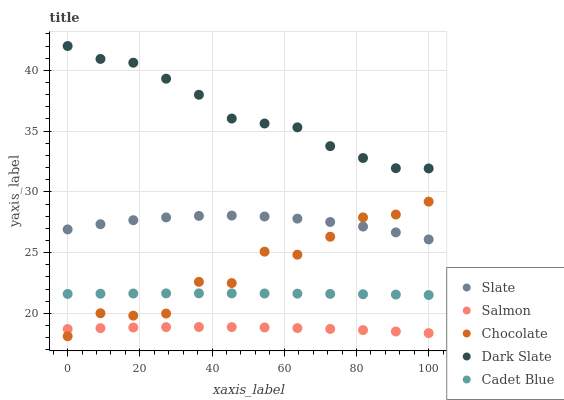
| xaxis_label | Slate | Salmon | Chocolate | Dark Slate | Cadet Blue |
 | --- | --- | --- | --- | --- | --- |
 | 0 | 26.9 | 18.7 | 18.1 | 42 | 21.6 |
 | 9.09 | 27.3 | 18.8 | 20 | 40.9 | 21.6 |
 | 18.2 | 27.7 | 18.8 | 19.8 | 40.6 | 21.6 |
 | 27.3 | 27.9 | 18.9 | 20 | 39.3 | 21.6 |
 | 36.4 | 28 | 18.9 | 22.6 | 38 | 21.6 |
 | 45.5 | 28 | 18.9 | 22.5 | 36 | 21.6 |
 | 54.5 | 28 | 18.8 | 25.1 | 35.6 | 21.6 |
 | 63.6 | 27.8 | 18.8 | 24.8 | 35.3 | 21.6 |
 | 72.7 | 27.5 | 18.7 | 26.3 | 33.8 | 21.6 |
 | 81.8 | 27.1 | 18.6 | 27.9 | 32.8 | 21.6 |
 | 90.9 | 26.7 | 18.5 | 28.1 | 31.9 | 21.5 |
 | 100 | 26.1 | 18.4 | 29.2 | 31.9 | 21.5 |